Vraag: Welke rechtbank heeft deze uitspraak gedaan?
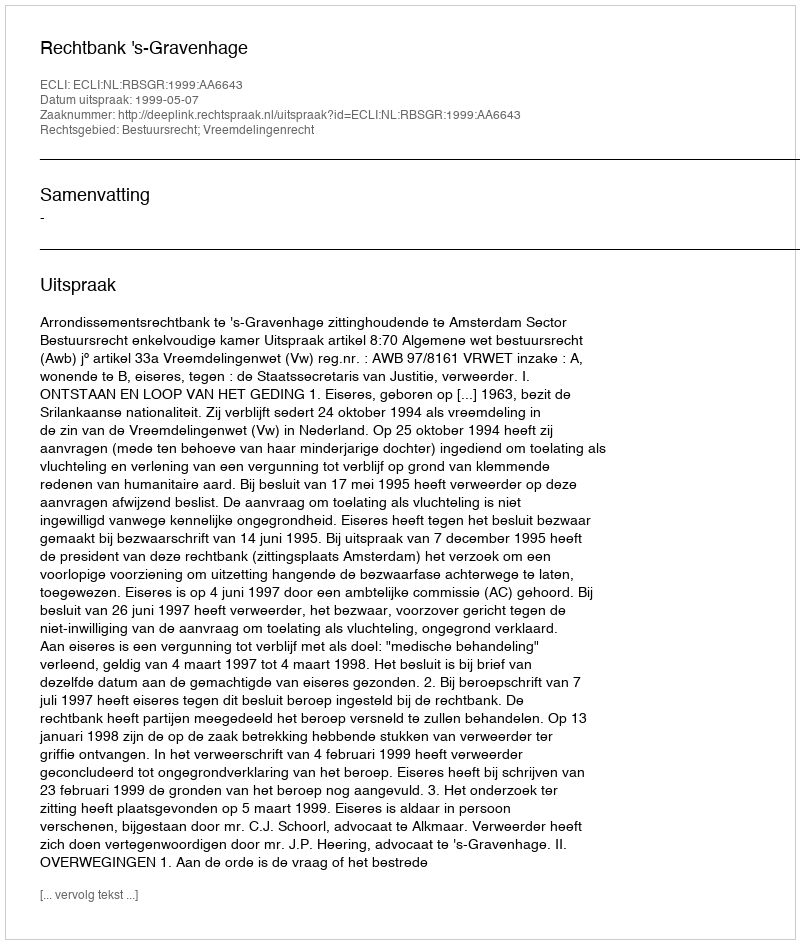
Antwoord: Rechtbank 's-Gravenhage